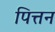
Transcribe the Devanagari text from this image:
पित्तन